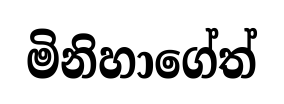
මිනිහාගේත්